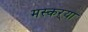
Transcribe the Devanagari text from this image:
मस्कऱ्या